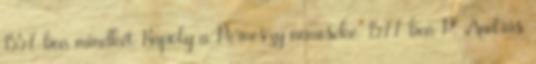
1557-ben mindkét Kapoly a Perneszy nemeseké. 1577-ben P. András